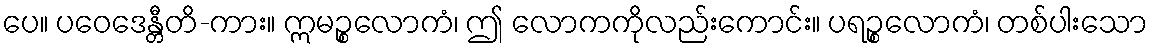
ပေ။ ပဝေဒေန္တီတိ-ကား။ ဣမဉ္စလောကံ၊ ဤ လောကကိုလည်းကောင်း။ ပရဉ္စလောကံ၊ တစ်ပါးသော